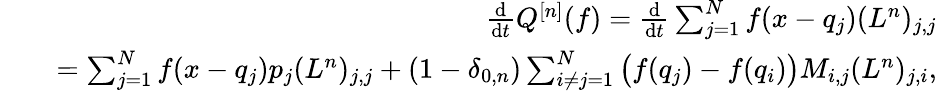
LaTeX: \begin{array}{rlr}&{}&{\frac{\mathrm{d}}{\mathrm{d}t}Q^{[n]}(f)=\frac{\mathrm{d}}{\mathrm{d}t}\sum_{j=1}^{N}f(x-q_{j})(L^{n})_{j,j}}\\ &{}&{=\sum_{j=1}^{N}f(x-q_{j})p_{j}(L^{n})_{j,j}+(1-\delta_{0,n})\sum_{i\neq j=1}^{N}\big(f(q_{j})-f(q_{i})\big)M_{i,j}(L^{n})_{j,i},}\end{array}